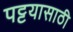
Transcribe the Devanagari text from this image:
पट्टयासाठी